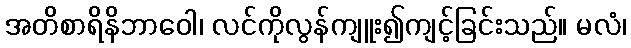
အတိစာရိနိဘာဝေါ၊ လင်ကိုလွန်ကျူး၍ကျင့်ခြင်းသည်။ မလံ၊